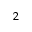
^ 2